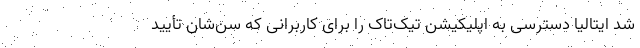
شد ایتالیا دسترسی به اپلیکیشن تیک‌تاک را برای کاربرانی که سن‌شان تأیید